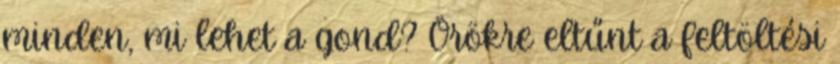
minden, mi lehet a gond? Örökre eltűnt a feltöltési